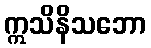
ဣသိနိသဘော